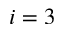
i = 3